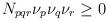
LaTeX: \begin{align*}N_{pqr}\nu _{p}\nu _{q}\nu _{r}\geq 0\end{align*}